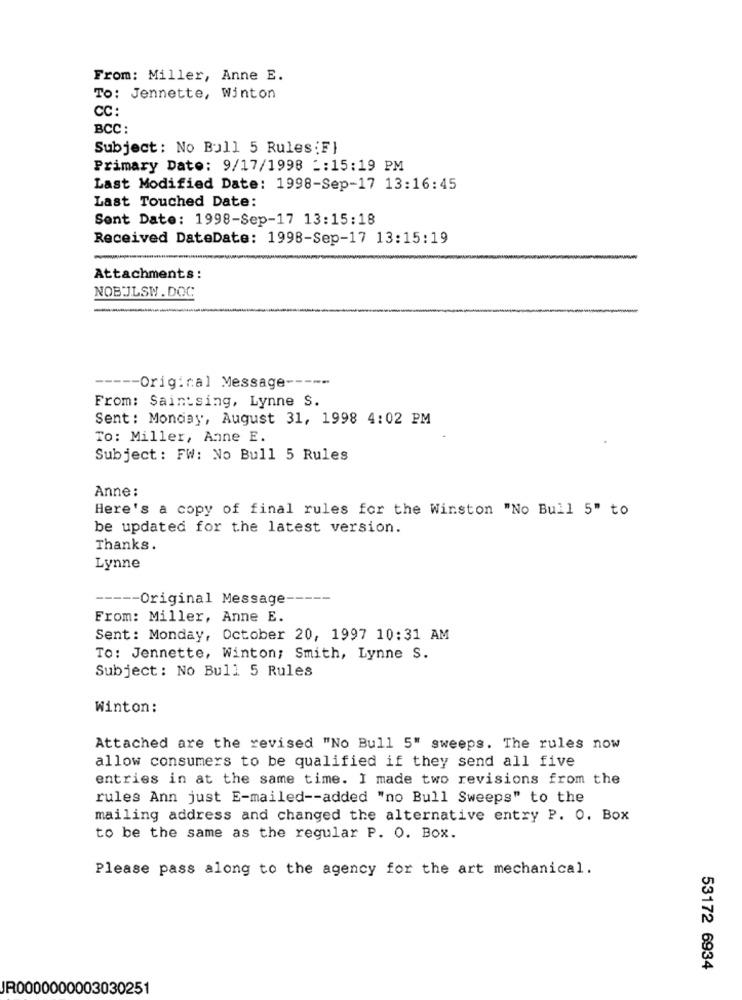
From: Miller, Anne E.
To: Jennette, Winton
CC:
BCC :
Subject: No Bull 5 Rules : F}
Primary Dato: 9/17/1998 -: 15:19 PM
Last Modified Date: 1998-Sep-17 13:16:45
Last Touched Date:
Sent Date: 1998-Sep-17 13:15:18
Received DateDate: 1998-Sep-17 13:15:19
Attachments:
NOBJLSW.DOC
--
---- Original Message -----
From: Saintsing, Lynne S.
Sent: Monday, August 31, 1998 4:02 PM
To: Miller, Anne E.
Subject: FW: No Bull 5 Rules
Anne:
Here's a copy of final rules for the Winston "No Bull 5" to
be updated for the latest version.
Thanks.
Lynne
----- Original Message -----
From: Miller, Anne E.
Sent: Monday, October 20, 1997 10:31 AM
To: Jennette, Winton; Smith, Lynne S.
Subject: No Bull 5 Rules
Winton:
Attached are the revised "No Bull 5" sweeps. The rules now
allow consumers to be qualified if they send all five
entries in at the same time. I made two revisions from the
rules Ann just E-mailed -- added "no Bull Sweeps" to the
mailing address and changed the alternative entry P. O. Box
to be the same as the regular P. O. Box.
Please pass along to the agency for the art mechanical.
53172 6934
JR0000000003030251